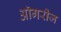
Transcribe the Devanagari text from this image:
ऑगरीज